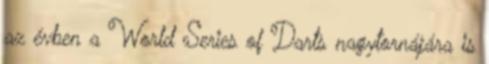
az évben a World Series of Darts nagytornájára is